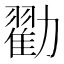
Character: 𫦼